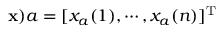
{ \bf x } ) a = [ x _ { a } ( 1 ) , \cdots , x _ { a } ( n ) ] ^ { \mathrm { T } }